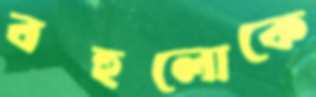
বহুলোকে